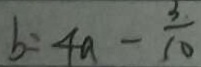
b = 4 a - \frac { 3 } { 1 0 }